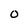
Character: o